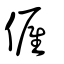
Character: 僱